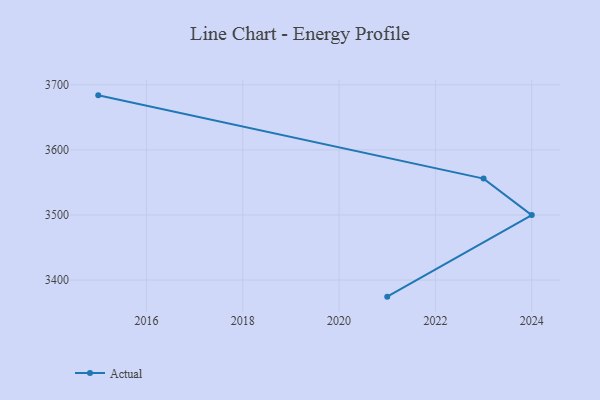
{"axis": {"x": "Year", "y": "Market Share (%)"}, "legend": ["Actual"], "data": [{"x": "2015", "y": 3683.8, "type": "Actual"}, {"x": "2023", "y": 3555.9, "type": "Actual"}, {"x": "2024", "y": 3499.8, "type": "Actual"}, {"x": "2021", "y": 3374.5, "type": "Actual"}]}